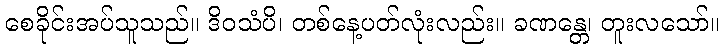
စေခိုင်းအပ်သူသည်။ ဒိဝသံပိ၊ တစ်နေ့ပတ်လုံးလည်း။ ခဏန္တေ၊ တူးလသော်။